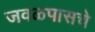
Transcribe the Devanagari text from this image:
जवळपासचे